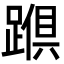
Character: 𮜅